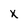
Character: x